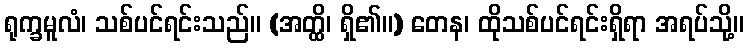
ရုက္ခမူလံ၊ သစ်ပင်ရင်းသည်။ (အတ္ထိ၊ ရှိ၏။) တေန၊ ထိုသစ်ပင်ရင်းရှိရာ အရပ်သို့။